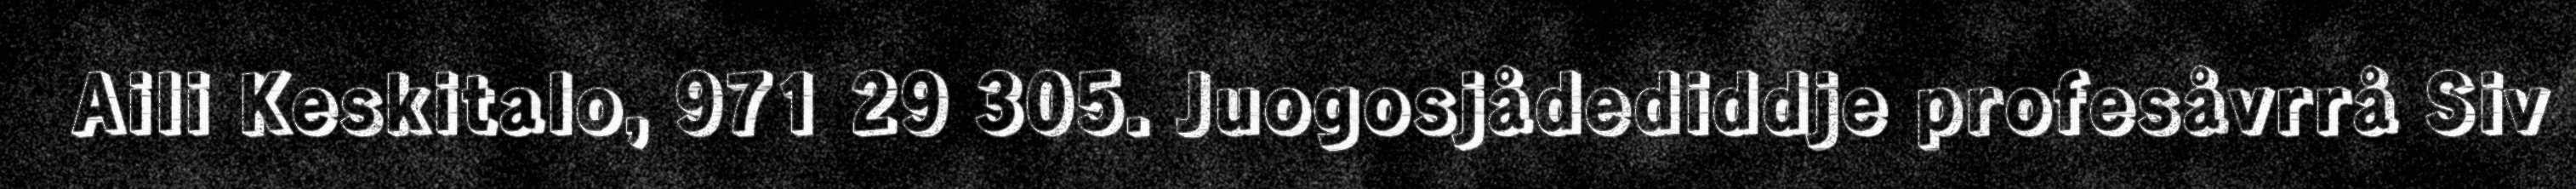
Aili Keskitalo, 971 29 305. Juogosjådediddje profesåvrrå Siv